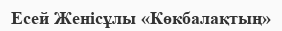
Есей Женісұлы «Көкбалақтың»